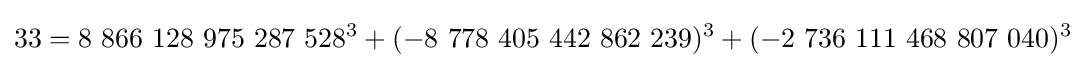
33=8\ 866\ 128\ 975\ 287\ 528^{3}+(-8\ 778\ 405\ 442\ 862\ 239)^{3}+(-2\ 736\ 111\ 468\ 807\ 040)^{3}